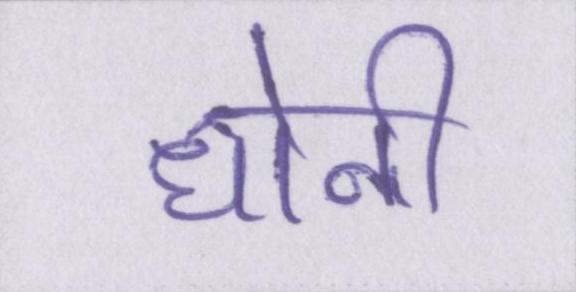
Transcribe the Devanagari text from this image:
धोनी